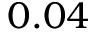
0 . 0 4